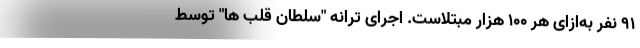
۹۱ نفر به‌ازای هر ۱۰۰ هزار مبتلاست. اجرای ترانه "سلطان قلب ها" توسط